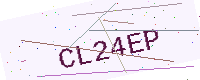
Text: CL24EP